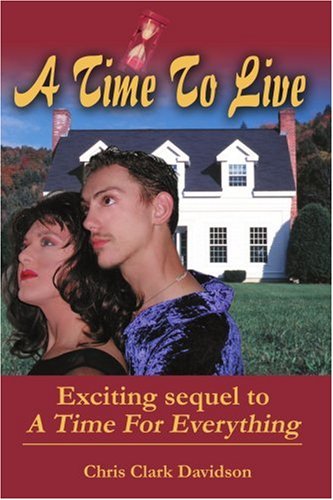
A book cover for A Time To Live: Exciting sequel to A Time For Everything; Chris Clark Davidson; Romance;